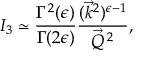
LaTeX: { \cal I } _ { 3 } \simeq \frac { \Gamma ^ { 2 } ( \epsilon ) } { \Gamma ( 2 \epsilon ) } \frac { ( \vec { k } ^ { 2 } ) ^ { \epsilon - 1 } } { \vec { Q } ^ { \: 2 } } ,